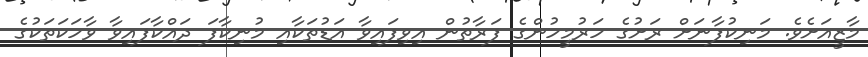
މާޒީއަށެވެ. މަނިކުފާނަށް ރަށުގެ ހަރުމީހުންގެ ފަރާތުން އިވިފައިވާ އަޑުތަކާއި މުނިކާފަ ދައްކާފައިވާ ވާހަކަތަކުގެ